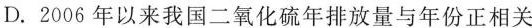
D.2006年以来我国二氧化硫年排放量与年份正相关